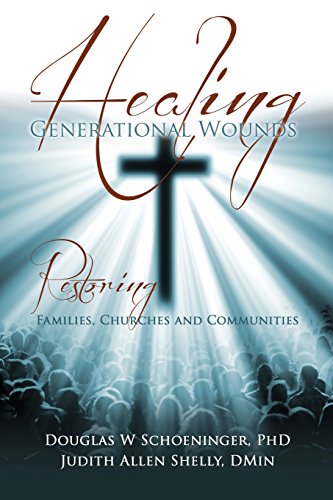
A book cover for Healing Generational Wounds; Douglas W Schoeninger PhD; Parenting & Relationships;